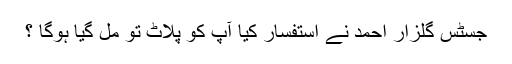
جسٹس گلزار احمد نے استفسار کیا آپ کو پلاٹ تو مل گیا ہوگا ؟